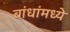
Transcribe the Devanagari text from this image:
बांधांमध्ये